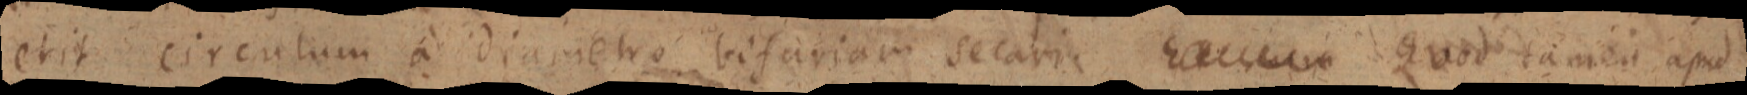
erit circulum a diametro bisariam secari. _ quod tamen apud